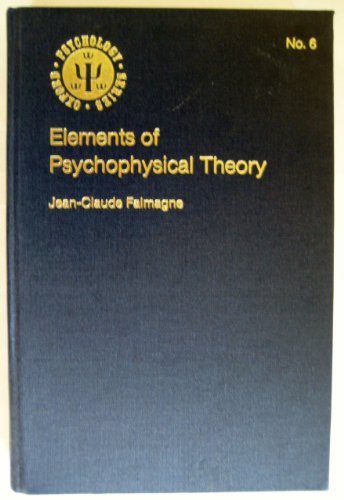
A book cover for Elements of Psychophysical Theory (Oxford Psychology Series); Jean-Claude Falmagne; Medical Books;